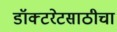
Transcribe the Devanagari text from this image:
डॉक्टरेटसाठीचा